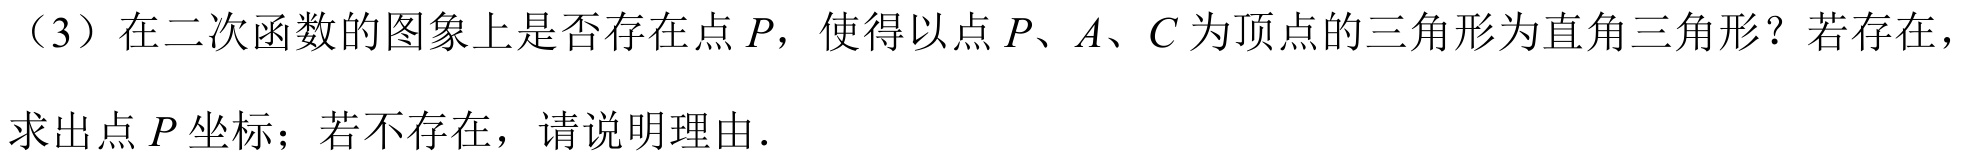
（3）在二次函数的图象上是否存在点\(P\)，使得以点\(P、A、C\)为顶点的三角形为直角三角形？若存在，求出点\(P\)坐标；若不存在，请说明理由．